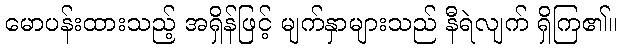
မောပန်းထားသည့် အရှိန်ဖြင့် မျက်နှာများသည် နီရဲလျက် ရှိကြ၏။